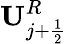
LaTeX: \mathbf{U}_{j+\frac{1}{2}}^{R}